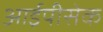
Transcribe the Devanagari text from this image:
आईपीसेक